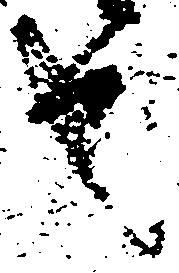
也